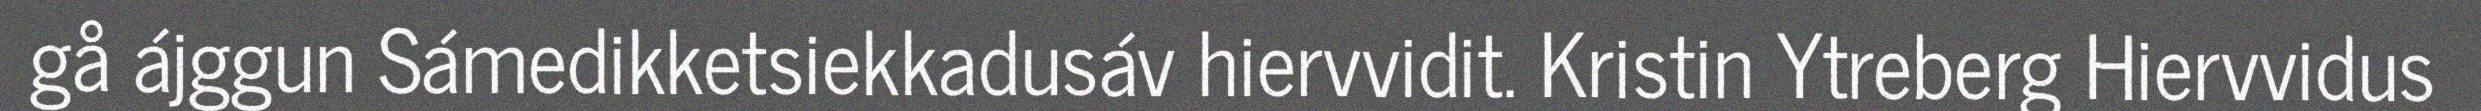
gå ájggun Sámedikketsiekkadusáv hiervvidit. Kristin Ytreberg Hiervvidus